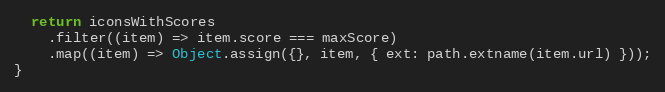
Language: JavaScript
  return iconsWithScores
    .filter((item) => item.score === maxScore)
    .map((item) => Object.assign({}, item, { ext: path.extname(item.url) }));
}